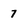
Character: 7